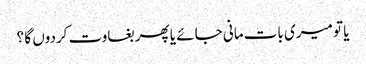
یا تو میری بات مانی جائے یا پھر بغاوت کردوں گا ؟